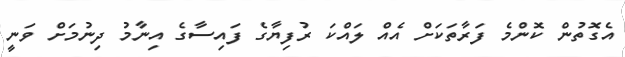
އެގޮތުން ކޮންމެ ފަރާތަކަށް އެއް ލައްކަ ރުފިޔާގެ ފައިސާގެ އިނާމު ދިނުމަށް ވަނީ